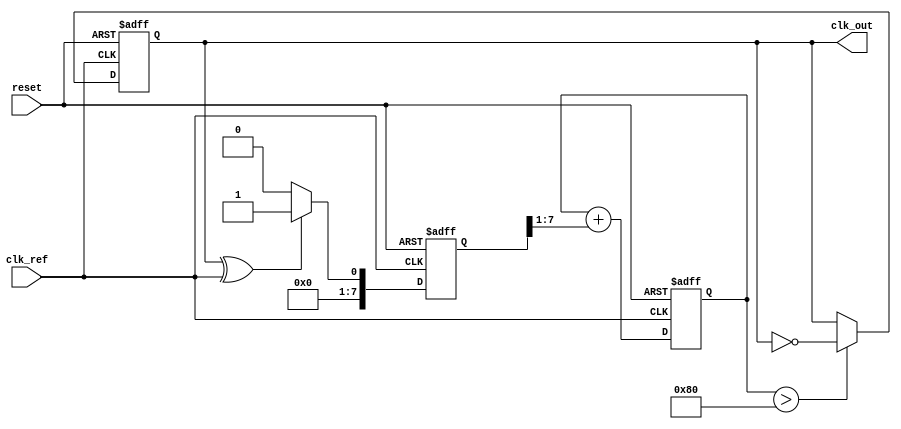
module dual_loop_pll (
    input wire clk_ref,          // Reference clock input
    input wire reset,            // Reset signal
    output wire clk_out          // Output clock
);

    // Parameters for the PLL
    parameter integer VCO_MAX_FREQ = 100; // Max frequency of VCO
    parameter integer VCO_MIN_FREQ = 10;   // Min frequency of VCO

    // Internal signals
    reg [7:0] phase_error;        // Phase error signal from PD
    reg [7:0] control_voltage;     // Control voltage for VCO
    reg vco_clk;                   // VCO output clock
    reg [7:0] feedback_divider;    // Feedback divider value

    // Phase Detector (PD)
    always @(posedge clk_ref or posedge reset) begin
        if (reset) begin
            phase_error <= 8'b0;
        end else begin
            // Simple XOR phase detector for demonstration
            phase_error <= (vco_clk ^ clk_ref) ? 8'b1 : 8'b0;
        end
    end

    // Loop Filter (Outer Loop)
    always @(posedge clk_ref or posedge reset) begin
        if (reset) begin
            control_voltage <= 8'b0;
        end else begin
            // Simple first-order low-pass filter
            control_voltage <= control_voltage + (phase_error >> 1);
        end
    end

    // Voltage-Controlled Oscillator (VCO)
    always @(posedge clk_ref or posedge reset) begin
        if (reset) begin
            vco_clk <= 1'b0;
        end else begin
            // Adjust frequency based on control voltage
            if (control_voltage > 128) begin
                vco_clk <= ~vco_clk; // Toggle for higher frequency
            end else if (control_voltage < 64) begin
                vco_clk <= vco_clk; // Maintain lower frequency
            end
        end
    end

    // Feedback Path
    always @(posedge vco_clk or posedge reset) begin
        if (reset) begin
            feedback_divider <= 8'b0;
        end else begin
            // Simple feedback divider for demonstration
            feedback_divider <= feedback_divider + 1;
            if (feedback_divider == 4) begin
                feedback_divider <= 8'b0; // Reset divider
            end
        end
    end

    // Output Buffer
    assign clk_out = vco_clk;

endmodule